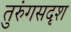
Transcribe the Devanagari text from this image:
तुरुंगसदृश